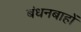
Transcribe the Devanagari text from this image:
बंधनबाहों